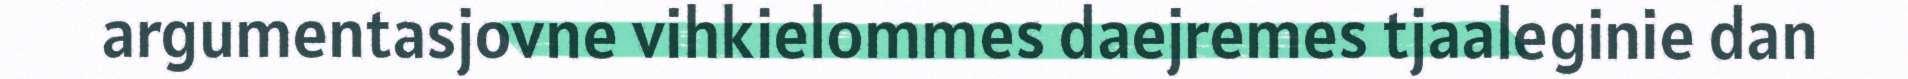
argumentasjovne vihkielommes daejremes tjaaleginie dan